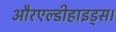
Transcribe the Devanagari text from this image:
औरएल्डीहाइड्स।